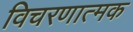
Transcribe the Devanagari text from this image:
विचरणात्मक